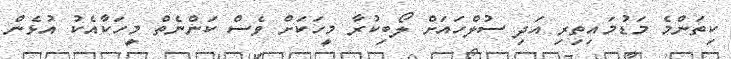
ކިތަންމެ މަޑުމައިތިރި އަދި ސުލްހައަށް ލޯބިކުރާ މީހަކަށް ވެސް ކަންނެތް މީހަކާއެކު އުޅެން